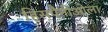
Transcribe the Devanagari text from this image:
हिसपैनीओला